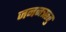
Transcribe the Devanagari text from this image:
जननऋतु